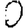
Digit: 0